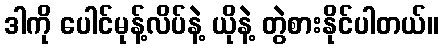
ဒါကို ပေါင်မုန့်လိပ်နဲ့ ယိုနဲ့ တွဲစားနိုင်ပါတယ်။